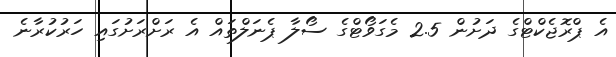
އެ ޕްރޮޖެކްޓްގެ ދަށުން 2.5 މެގަވޯޓްގެ ސޯލާ ޕެނަލްތައް އެ ރަށްރަށުގައި ހަރުކުރާނެ